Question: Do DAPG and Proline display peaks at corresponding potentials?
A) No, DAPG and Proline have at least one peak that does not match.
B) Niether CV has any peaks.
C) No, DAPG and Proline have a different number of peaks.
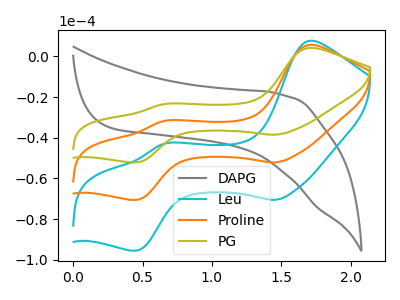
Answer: <think>The gray curve "DAPG" has no peaks. The cyan curve "Leu" has anodic peaks at (1.70V, 7.70uA) (0.65V, -43.05uA) and cathodic peaks at (1.45V, -70.50uA) (0.45V, -95.50uA). The orange curve "Proline" has anodic peaks at (1.70V, 5.65uA) (0.65V, -31.80uA) and cathodic peaks at (1.45V, -52.10uA) (0.45V, -70.55uA). The olive curve "PG" has anodic peaks at (1.70V, 11.35uA) (0.65V, -63.60uA) and cathodic peaks at (1.45V, -104.20uA) (0.45V, -141.15uA).</think>
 <answer>C) No, "DAPG" and "Proline" have a different number of peaks.</answer>
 <eval>C</eval>